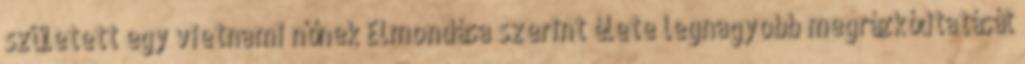
született egy vietnami nőnek Elmondása szerint élete legnagyobb megrázkódtatását